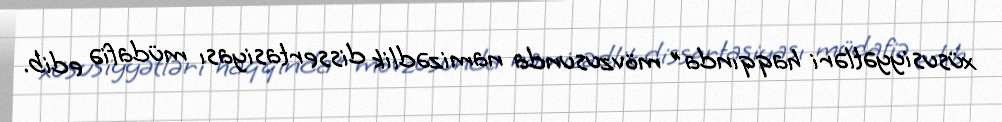
xüsusiyyətləri haqqında" mövzusunda namizədlik dissertasiyası müdafiə edib.